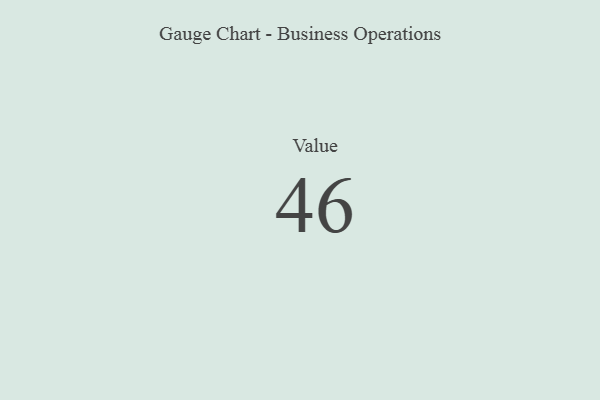
{"axis": {"x": "Metric", "y": "Value"}, "legend": [""], "data": [{"x": "Value", "y": 46, "type": ""}]}